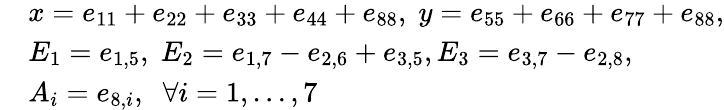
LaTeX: \begin{array}{rl}&{x=e_{11}+e_{22}+e_{33}+e_{44}+e_{88},\; y=e_{55}+e_{66}+e_{77}+e_{88},}\\ &{E_{1}=e_{1,5},\; E_{2}=e_{1,7}-e_{2,6}+e_{3,5},E_{3}=e_{3,7}-e_{2,8},}\\ &{A_{i}=e_{8,i},\; \; \forall i=1,\ldots,7}\end{array}